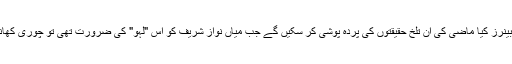
خواجہ سعد رفیق کے حلقہ انتخاب میں لگنے والے بینرز کیا ماضی کی ان تلخ حقیقتوں کی پردہ پوشی کر سکیں گے جب میاں نواز شریف کو اِس "لہو" کی ضرورت تھی تو چُوری کھانے والے تمام مجنوں گھروں میں دبک بیٹھے تھے۔